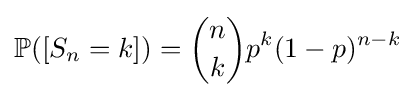
\mathbb {P} ([S_{n}=k])={n \choose k}p^{k}(1-p)^{n-k}